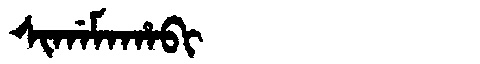
Manchu: ᠰᡳᡤᠠᠮᠠᡥᠠᠪᡳ
Romanization: SIGAMAHABI